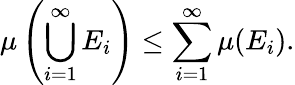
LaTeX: \mu\left(\bigcup_{i=1}^{\infty}E_{i}\right)\leq\sum_{i=1}^{\infty}\mu(E_{i}).